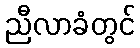
ညီလာခံတွင်